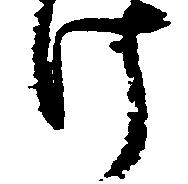
け